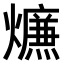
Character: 𤑙